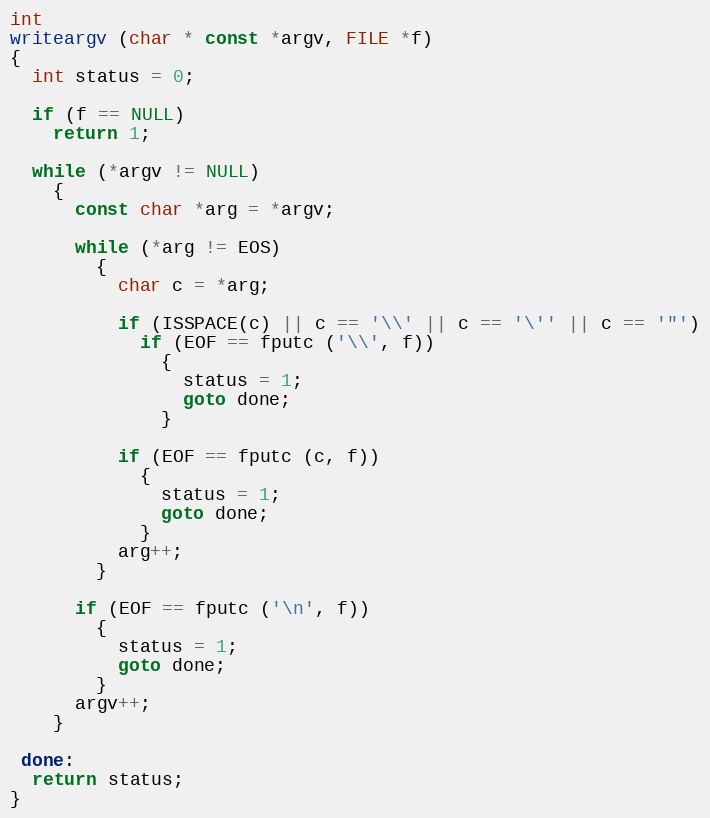
Language: C
int
writeargv (char * const *argv, FILE *f)
{
  int status = 0;

  if (f == NULL)
    return 1;

  while (*argv != NULL)
    {
      const char *arg = *argv;

      while (*arg != EOS)
        {
          char c = *arg;

          if (ISSPACE(c) || c == '\\' || c == '\'' || c == '"')
            if (EOF == fputc ('\\', f))
              {
                status = 1;
                goto done;
              }

          if (EOF == fputc (c, f))
            {
              status = 1;
              goto done;
            }
          arg++;
        }

      if (EOF == fputc ('\n', f))
        {
          status = 1;
          goto done;
        }
      argv++;
    }

 done:
  return status;
}